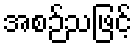
အစဉ်သဖြင့်